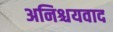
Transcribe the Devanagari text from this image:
अनिश्चयवाद